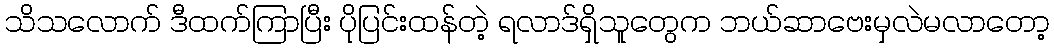
သိသလောက် ဒီထက်ကြာပြီး ပိုပြင်းထန်တဲ့ ရလာဒ်ရှိသူတွေက ဘယ်ဆာဗေးမှလဲမလာတော့